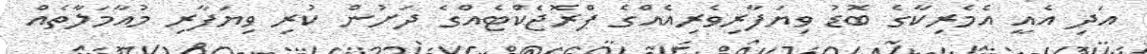
އަދި އެއީ އެމެރިކާގެ ބޮޑު ވިޔަފާރިވެރިއެއްގެ ޕްރޮޖެކްޓެއްގެ ދަށުން ކުރި ވިޔަފާރި މުއާމަލާތެއް